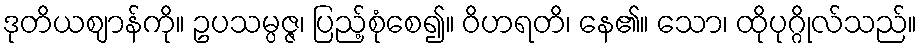
ဒုတိယဈာန်ကို။ ဥပသမ္ပဇ္ဇ၊ ပြည့်စုံစေ၍။ ဝိဟရတိ၊ နေ၏။ သော၊ ထိုပုဂ္ဂိုလ်သည်။